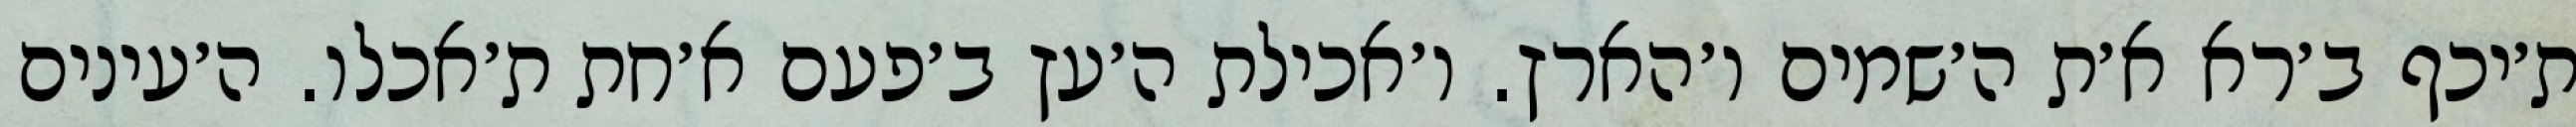
ת׳יכף ב׳רא א׳ת ה׳שמים ו׳הארץ. ו׳אכילת ה׳עץ ב׳פעם א׳חת ת׳אכלו. ה׳עינים